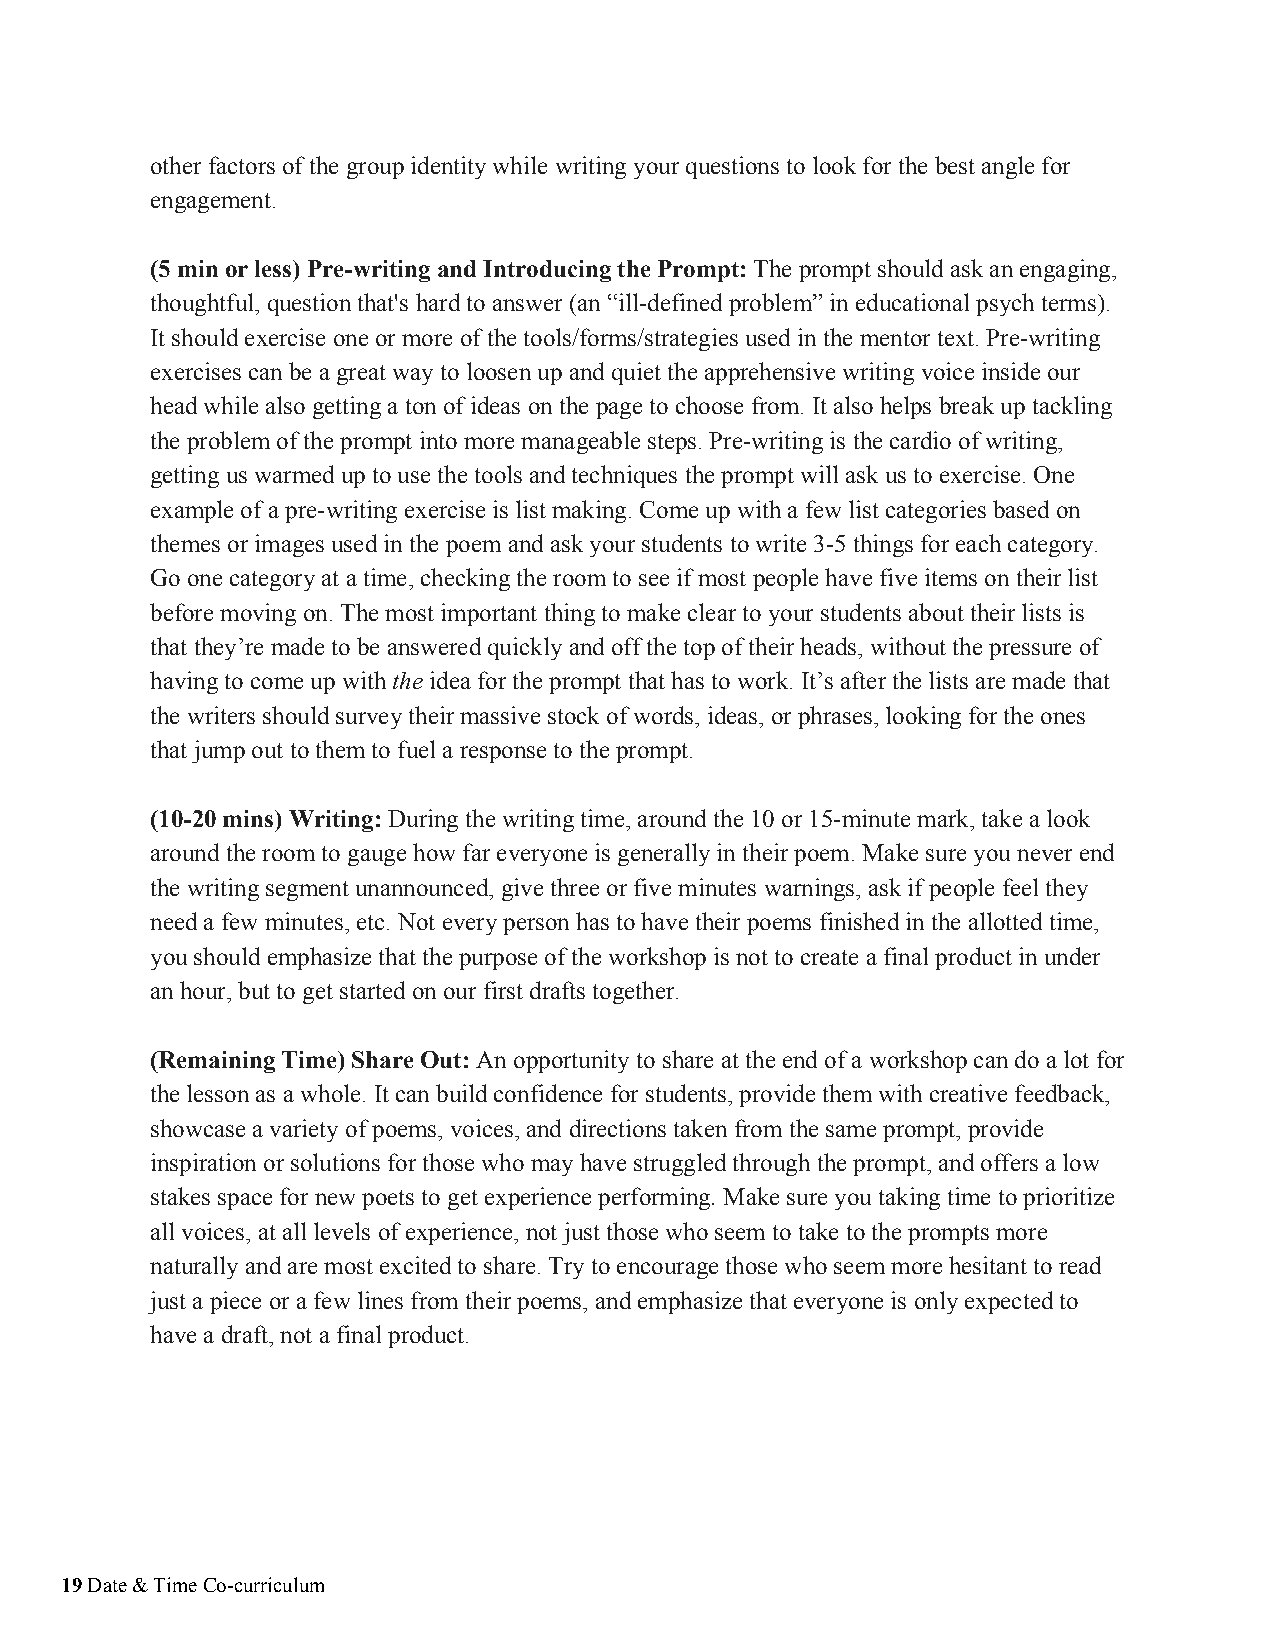
other factors of the group identity while writing your questions to look for the best angle for
 engagement.
 (5 min or less) Pre-writing and Introducing the Prompt: The prompt should ask an engaging,
 ​​
 thoughtful, question that's hard to answer (an “ill-defined problem” in educational psych terms).
 It should exercise one or more of the tools/forms/strategies used in the mentor text. Pre-writing
 exercises can be a great way to loosen up and quiet the apprehensive writing voice inside our
 head while also getting a ton of ideas on the page to choose from. It also helps break up tackling
 the problem of the prompt into more manageable steps. Pre-writing is the cardio of writing,
 getting us warmed up to use the tools and techniques the prompt will ask us to exercise. One
 example of a pre-writing exercise is list making. Come up with a few list categories based on
 themes or images used in the poem and ask your students to write 3-5 things for each category.
 Go one category at a time, checking the room to see if most people have five items on their list
 before moving on. The most important thing to make clear to your students about their lists is
 that they’re made to be answered quickly and off the top of their heads, without the pressure of
 having to come up with the idea for the prompt that has to work. It’s after the lists are made that
 ​ ​
 the writers should survey their massive stock of words, ideas, or phrases, looking for the ones
 that jump out to them to fuel a response to the prompt.
 (10-20 mins) Writing: During the writing time, around the 10 or 15-minute mark, take a look
 ​​
 around the room to gauge how far everyone is generally in their poem. Make sure you never end
 the writing segment unannounced, give three or five minutes warnings, ask if people feel they
 need a few minutes, etc. Not every person has to have their poems finished in the allotted time,
 you should emphasize that the purpose of the workshop is not to create a final product in under
 an hour, but to get started on our first drafts together.
 (Remaining Time) Share Out: An opportunity to share at the end of a workshop can do a lot for
 ​​
 the lesson as a whole. It can build confidence for students, provide them with creative feedback,
 showcase a variety of poems, voices, and directions taken from the same prompt, provide
 inspiration or solutions for those who may have struggled through the prompt, and offers a low
 stakes space for new poets to get experience performing. Make sure you taking time to prioritize
 ​​
 all voices, at all levels of experience, not just those who seem to take to the prompts more
 naturally and are most excited to share. Try to encourage those who seem more hesitant to read
 just a piece or a few lines from their poems, and emphasize that everyone is only expected to
 have a draft, not a final product.
 19 Date & Time Co-curriculum
 ​​